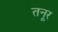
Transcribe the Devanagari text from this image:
तनूर